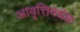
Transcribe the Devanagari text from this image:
आवृत्तिवर्धक